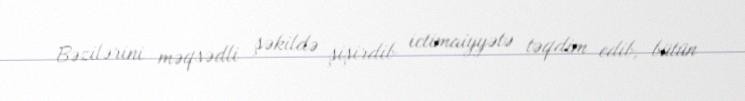
Bəzilərini məqsədli şəkildə şişirdib ictimaiyyətə təqdim edib, bütün